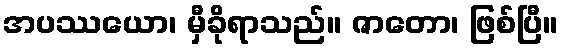
အပဿယော၊ မှီခိုရာသည်။ ဇာတော၊ ဖြစ်ပြီ။